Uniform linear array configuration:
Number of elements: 24
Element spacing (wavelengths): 1
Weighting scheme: exponential
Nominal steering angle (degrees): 60
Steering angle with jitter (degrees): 61.053
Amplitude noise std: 0.05
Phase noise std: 0.05

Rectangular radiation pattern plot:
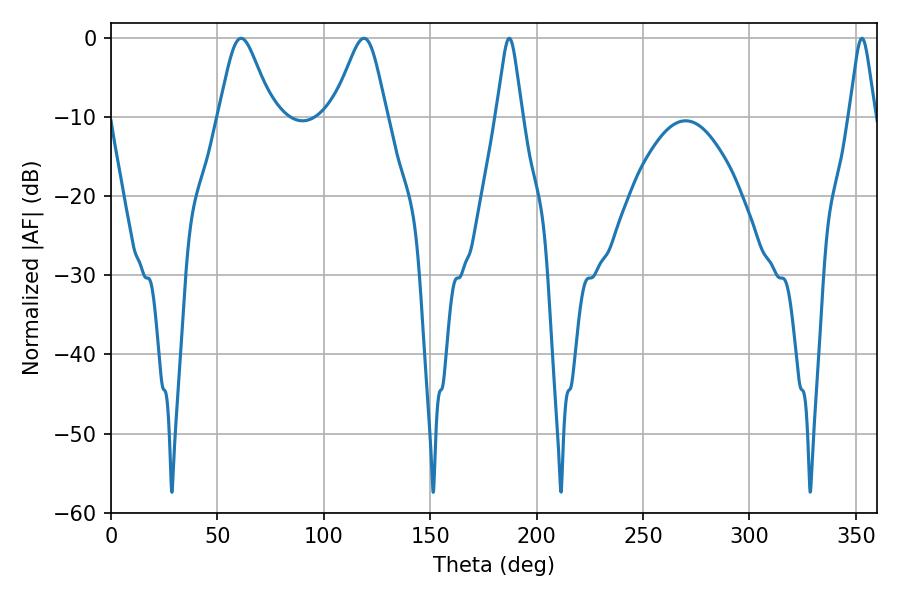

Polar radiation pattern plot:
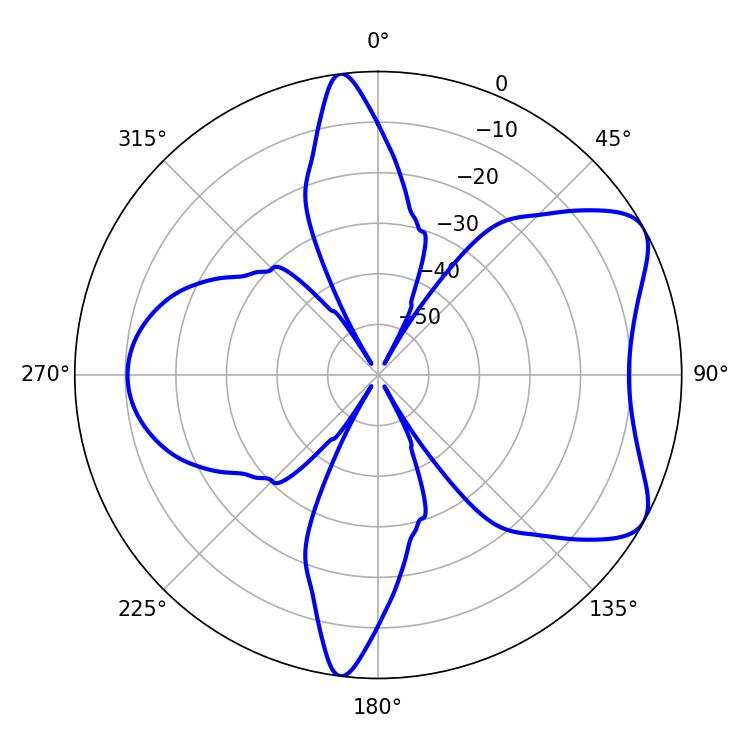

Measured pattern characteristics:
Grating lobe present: TRUE
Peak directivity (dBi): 6.853
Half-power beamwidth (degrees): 12.42
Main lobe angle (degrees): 61.2